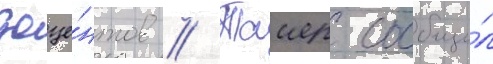
доце́нтов // Таиер сообщи́л